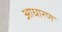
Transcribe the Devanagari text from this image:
आधारण